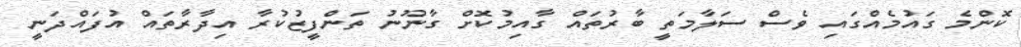
ކޮންމެ ގައުމެއްގައި ވެސް ސަލާމަތީ ބާރުތައް ގާއިމުކޮށް ގާނޫނު ތަންފީޒުކުރާ އިދާރާތައް އުފައްދަނީ